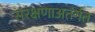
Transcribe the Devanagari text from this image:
संरक्षणाअतंर्गत